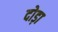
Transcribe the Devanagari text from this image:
दोड़ा